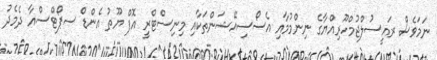
ނަމަވެސް ރައީސުލްޖުމްހޫރިއްޔާގެ ނިންމުމާއި އެސޯސިއޭޝަންތަކާއި މިނިސްޓްރީ އޮފް ޔޫތު އެންޑް ސޕޯޓްސްއާ ދެމެދު